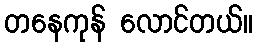
တနေကုန် လောင်တယ်။